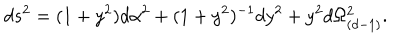
LaTeX: d s ^ { 2 } = ( 1 + y ^ { 2 } ) d \alpha ^ { 2 } + ( 1 + y ^ { 2 } ) ^ { - 1 } d y ^ { 2 } + y ^ { 2 } d \Omega _ { ( d - 1 ) } ^ { 2 } .